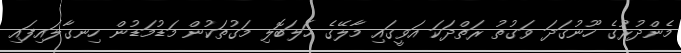
މެންދުރުގެ ހޫނުގަދަ ވަގުތު ރަތްދަކަ އަވީގައި މާލޭގެ ހަލަބޮލި މަގުތަކުން މަޑުމަޑުން ހިނގާލައިފައި